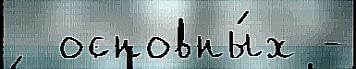
  основны́х -